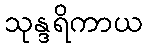
သုန္ဒရိကာယ